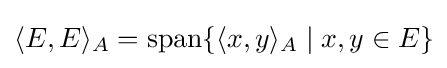
\langle E,E\rangle _{A}=\operatorname {span} \{\langle x,y\rangle _{A}\mid x,y\in E\}